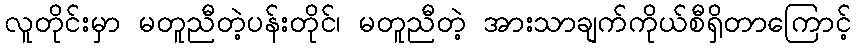
လူတိုင်းမှာ မတူညီတဲ့ပန်းတိုင်၊ မတူညီတဲ့ အားသာချက်ကိုယ်စီရှိတာကြောင့်